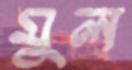
মুল